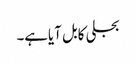
بجلی کابل آیاہے۔